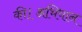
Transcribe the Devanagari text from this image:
की।अभियान